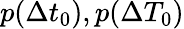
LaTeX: p(\Delta t_{0}),p(\Delta T_{0})